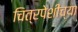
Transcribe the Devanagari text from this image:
चित्रपेशींच्या